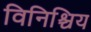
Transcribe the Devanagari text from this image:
विनिश्चिय